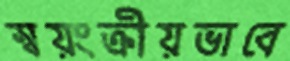
স্বয়ংক্রীয়ভাবে